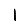
Digit: 1